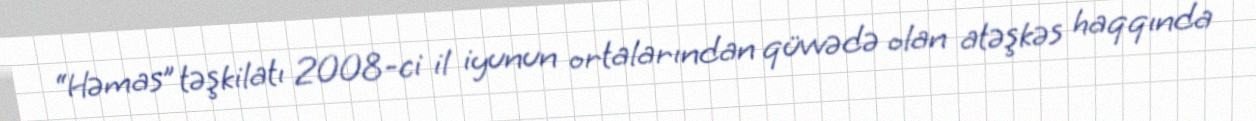
“Həmas” təşkilatı 2008-ci il iyunun ortalarından qüvvədə olan atəşkəs haqqında